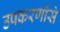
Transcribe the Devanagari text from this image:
उपकरणोंसे